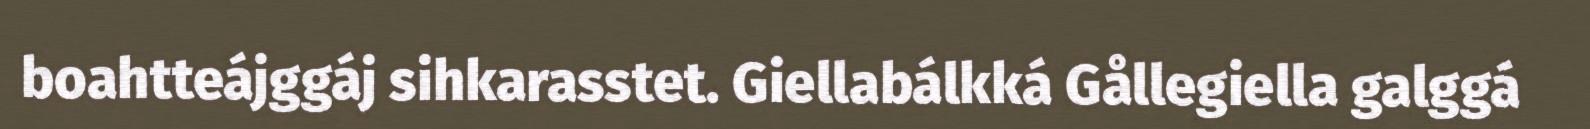
boahtteájggáj sihkarasstet. Giellabálkká Gållegiella galggá